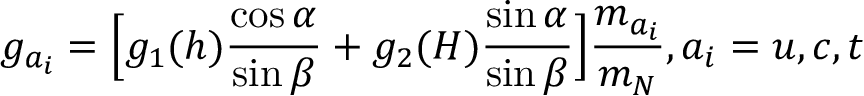
g _ { a _ { i } } = \Bigl [ g _ { 1 } ( h ) \frac { \cos \alpha } { \sin \beta } + g _ { 2 } ( H ) \frac { \sin \alpha } { \sin \beta } \Bigr ] \frac { m _ { a _ { i } } } { m _ { N } } , a _ { i } = u , c , t